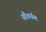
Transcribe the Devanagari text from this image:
सौवर्चल